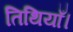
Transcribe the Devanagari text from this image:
तिथियाँ।